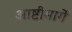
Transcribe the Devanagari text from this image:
आष्टीमार्गे